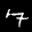
Label: 7